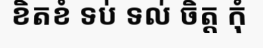
ខិតខំ ទប់ ទល់ ចិត្ត កុំ